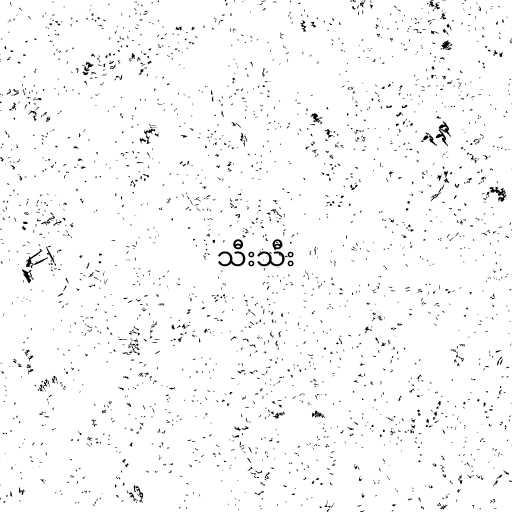
သီးသီး